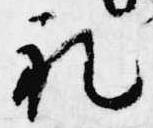
礼